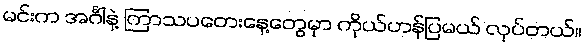
မင်းက အင်္ဂါနဲ့ ကြာသပတေးနေ့တွေမှာ ကိုယ်ဟန်ပြမယ် လုပ်တယ်။